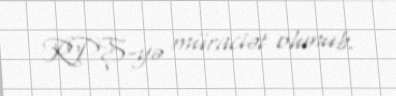
RPŞ-yə müraciət olunub.